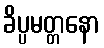
ခိပ္ပမတ္တနော